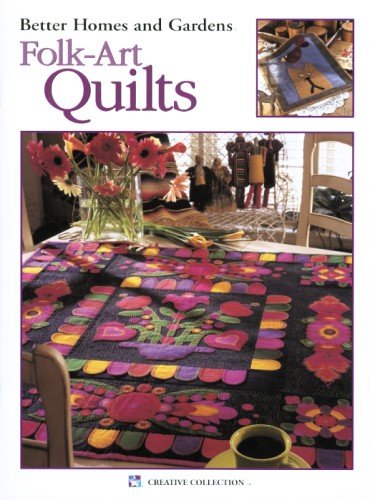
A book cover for Better Homes and Gardens Folk-Art Quilts  (Leisure Arts #1944) (Better Homes & Gardens); Meredith Corporation; Crafts, Hobbies & Home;